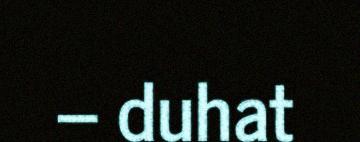
– duhat